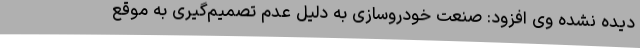
دیده نشده وی افزود: صنعت خودروسازی به دلیل عدم تصمیم‌گیری به موقع